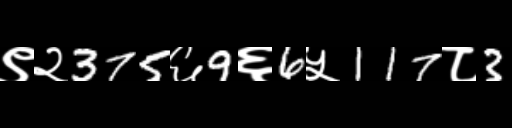
Text: ९२375६9६6५117८3